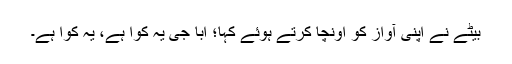
بیٹے نے اپنی آواز کو اُونچا کرتے ہوئے کہا؛ ابا جی یہ کوّا ہے، یہ کوّا ہے۔